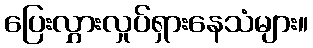
ပြေးလွှားလှုပ်ရှားနေသံများ။